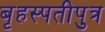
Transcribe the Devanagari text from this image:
बृहस्पतीपुत्र